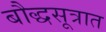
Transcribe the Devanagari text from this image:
बौद्धसूत्रात